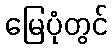
မြေပုံတွင်